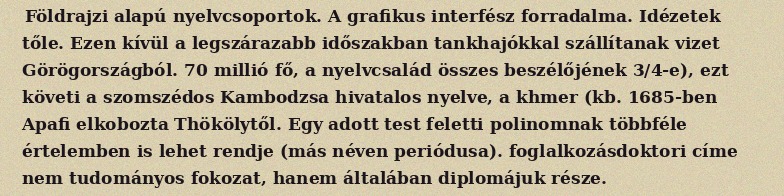
Földrajzi alapú nyelvcsoportok. A grafikus interfész forradalma. Idézetek tőle. Ezen kívül a legszárazabb időszakban tankhajókkal szállítanak vizet Görögországból. 70 millió fő, a nyelvcsalád összes beszélőjének 3/4-e), ezt követi a szomszédos Kambodzsa hivatalos nyelve, a khmer (kb. 1685-ben Apafi elkobozta Thökölytől. Egy adott test feletti polinomnak többféle értelemben is lehet rendje (más néven periódusa). foglalkozásdoktori címe nem tudományos fokozat, hanem általában diplomájuk része.